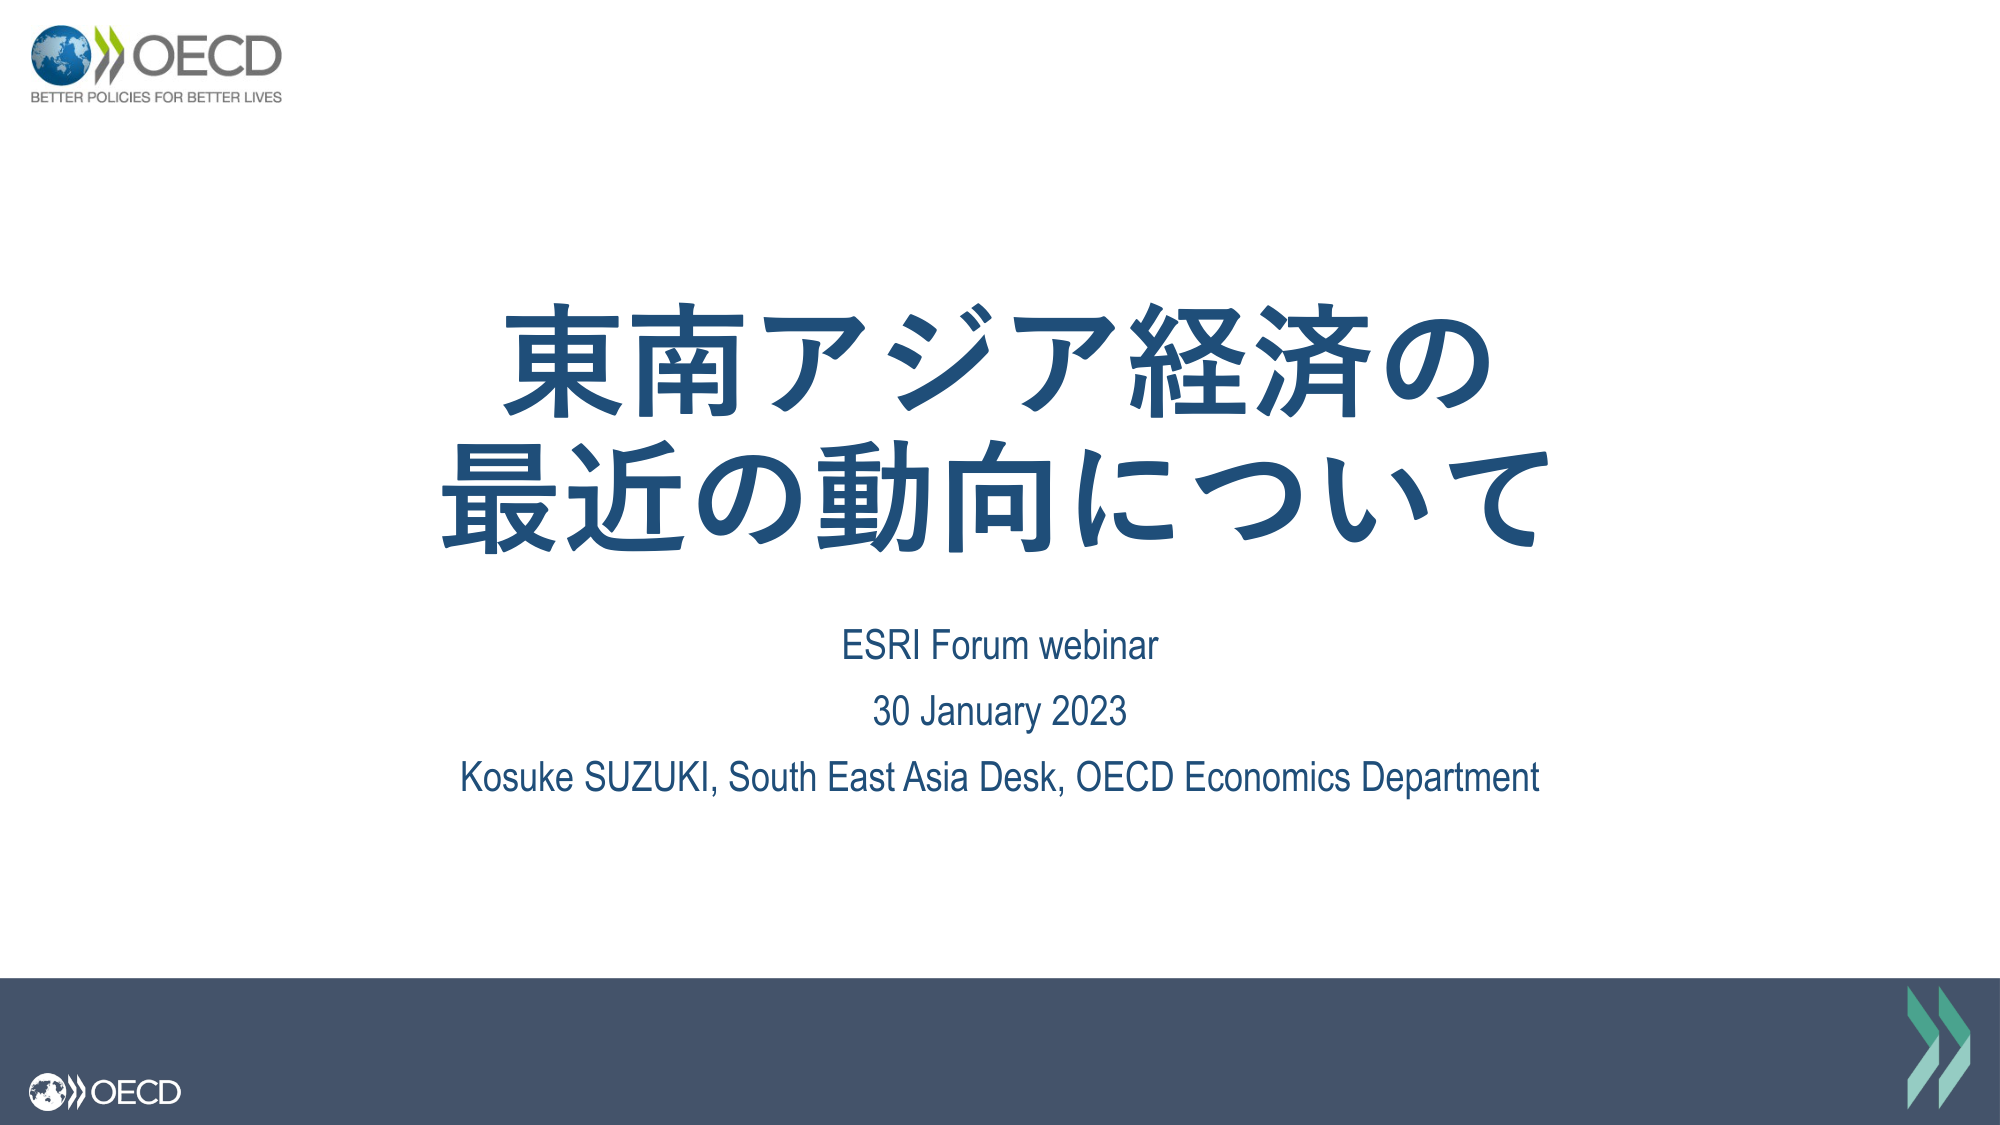
OECD
BETTER POLICIES FOR BETTER LIVES
東南アジア経済の
最近の動向について
ESRI Forum webinar
30 January 2023
Kosuke SUZUKI, South East Asia Desk, OECD Economics Department
OECD